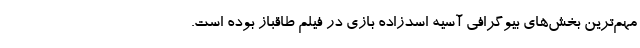
مهم‌ترین بخش‌های بیوگرافی آسیه اسدزاده بازی در فیلم طاقباز بوده است.